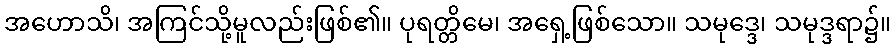
အဟောသိ၊ အကြင်သို့မူလည်းဖြစ်၏။ ပုရတ္တိမေ၊ အရှေ့ဖြစ်သော။ သမုဒ္ဒေ၊ သမုဒ္ဒရာ၌။